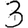
Digit: 3